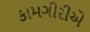
કામગીરીએ